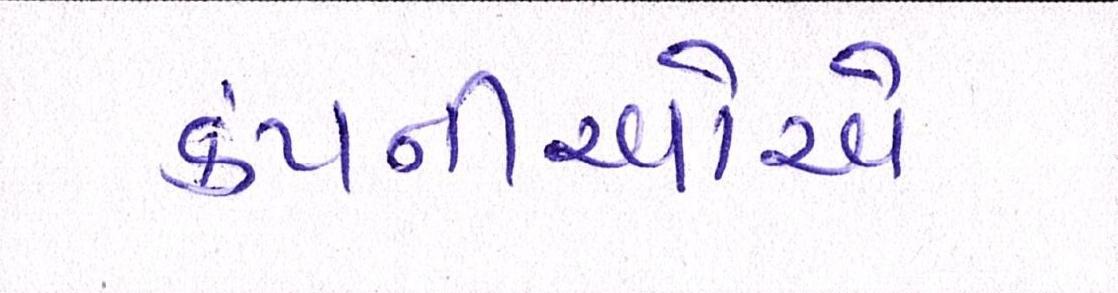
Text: કંપનીઓએ